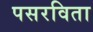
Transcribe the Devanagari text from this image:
पसरविता